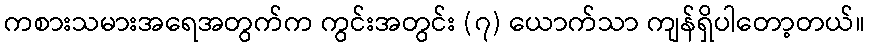
ကစားသမားအရေအတွက်က ကွင်းအတွင်း (၇) ယောက်သာ ကျန်ရှိပါတော့တယ်။